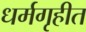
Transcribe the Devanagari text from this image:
धर्मगृहीत